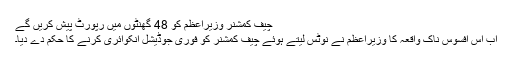
چیف کمشنر وزیراعظم کو 48 گھنٹوں میں رپورٹ پیش کریں گے
اب اس افسوس ناک واقعہ کا وزیراعظم نے نوٹس لیتے ہوئے چیف کمشنر کو فوری جوڈیشل انکوائری کرنے کا حکم دے دیا۔